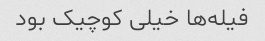
فیله‌ها خیلی کوچیک بود